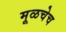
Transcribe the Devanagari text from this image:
मूळचेच